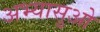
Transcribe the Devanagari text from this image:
अभ्यासुओ